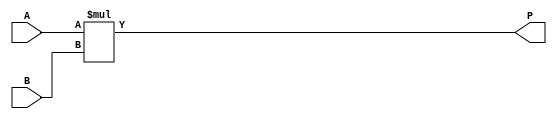
`timescale 1ns / 1ps
//////////////////////////////////////////////////////////////////////////////////
// Company: 
// Engineer: 
// 
// Design Name: 
// Module Name: exact_multi
// Project Name: 
// Target Devices: 
// Tool Versions: 
// Description: 
// 
// Dependencies: 
// 
// Revision:
// Revision 0.01 - File Created
// Additional Comments:
// 
//////////////////////////////////////////////////////////////////////////////////


module exact_multi(
input [7:0] A,
 input [7:0] B,
 output [15:0] P
    );
    
  reg [15:0] product;
  always @* begin
    product = A * B;
  end
  assign P = product;
endmodule